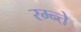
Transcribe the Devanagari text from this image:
रम्न्ते